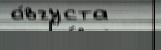
а́вгуста